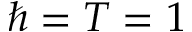
\hbar = T = 1